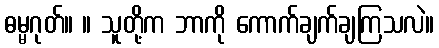
ဓမ္မဂုတ်။ ။ သူတို့က ဘာကို ကောက်ချက်ချကြသလဲ။